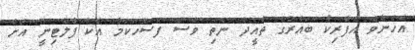
އެހެންވެ އެފްރިކާ ބައްރުގެ ތާއީދު ނެތި ވެސް ފަސޭހަކަމާ އެކު ޕްލެޓިނީ އަށް